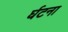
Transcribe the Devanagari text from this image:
र्घटना